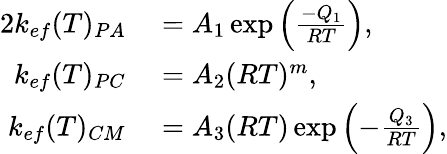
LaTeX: \begin{array}{rl}{{2}k_{ef}(T)_{PA}}&{{}=A_{1}\exp\left(\frac{-Q_{1}}{RT}\right),}\\ {k_{ef}(T)_{PC}}&{{}=A_{2}(RT)^{m},}\\ {k_{ef}(T)_{CM}}&{{}=A_{3}(RT)\exp\left(-\frac{Q_{3}}{RT}\right),}\end{array}